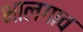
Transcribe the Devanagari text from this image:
भालगाव